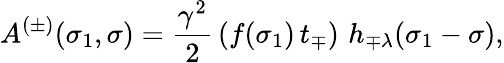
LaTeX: A^{(\pm)}(\sigma_{1},\sigma)=\frac{\gamma^{2}}{2}\, (f(\sigma_{1})\, t_{\mp})\, \, h_{\mp\lambda}(\sigma_{1}-\sigma),